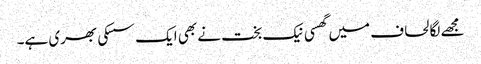
مجھے لگا لحاف میں گھسی نیک بخت نے بھی ایک سسکی بھری ہے۔